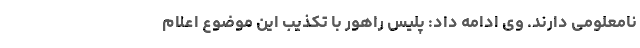
نامعلومی دارند. وی ادامه داد: پلیس راهور با تکذیب این موضوع اعلام